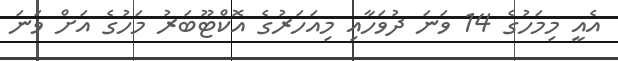
އެއީ މިމަހުގެ 14 ވަނަ ދުވަހާއި މިއަހަރުގެ އޮކްޓޫބަރު މަހުގެ އަށް ވަނަ